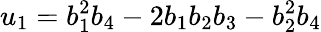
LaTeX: u_{1}=b_{1}^{2}b_{4}-2b_{1}b_{2}b_{3}-b_{2}^{2}b_{4}